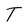
Character: T